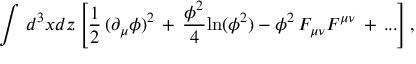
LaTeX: \int \, d ^ { 3 } x d z \left[ { \frac { 1 } { 2 } } \, ( \partial _ { \mu } \phi ) ^ { 2 } \, + \, { \frac { \phi ^ { 2 } } { 4 } } \mathrm { l n } ( \phi ^ { 2 } ) - \phi ^ { 2 } \, F _ { \mu \nu } F ^ { \mu \nu } \, + \, . . . \right] ,